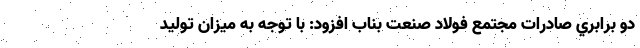
دو برابري صادرات مجتمع فولاد صنعت بناب افزود: با توجه به ميزان توليد